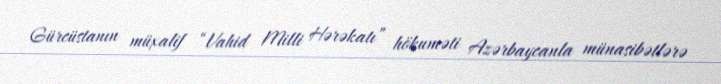
Gürcüstanın müxalif “Vahid Milli Hərəkatı” hökuməti Azərbaycanla münasibətlərə